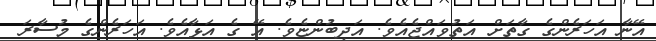
އޭނާ އަހަރެންގެ ގާތަށް އަތުވައްޖެއެވެ. އަދިބުންޏެވެ. އޭ ގެ އަޅާއެވެ. އަހަރެންގެ މުސާރަ